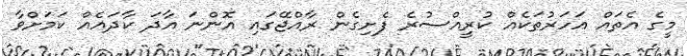
މީގެ އެތައް އަހަރުތަކެއް ކުރީއްސުރެ ފެށިގެން ރާއްޖޭގައި އޮންނަ އާދަ ކާދައެއް ކަމަށްވާ